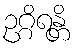
ဥဂ္ဂိရန္တိ